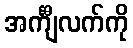
အင်္ကျီလက်ကို